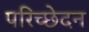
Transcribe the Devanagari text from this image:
परिच्छेदन